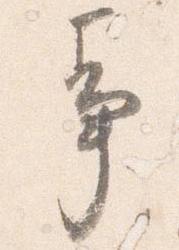
事